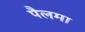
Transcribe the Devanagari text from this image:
पैलमा